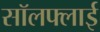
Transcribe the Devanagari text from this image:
सॉलफ्लाई